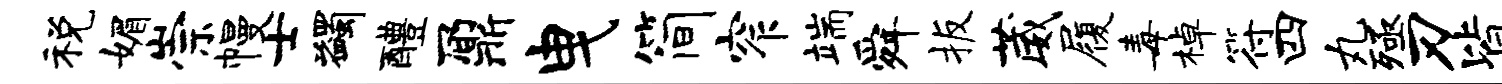
税媚崇幔士蠲醴鼐曳简窄端舜扳葳履毒棹符四丸殛刃皆